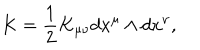
LaTeX: K = \frac { 1 } { 2 } K _ { \mu \nu } d x ^ { \mu } \wedge d x ^ { \nu } ,